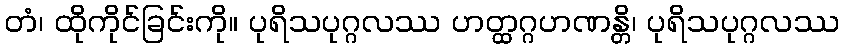
တံ၊ ထိုကိုင်ခြင်းကို။ ပုရိသပုဂ္ဂလဿ ဟတ္ထဂ္ဂဟဏန္တိ၊ ပုရိသပုဂ္ဂလဿ